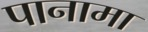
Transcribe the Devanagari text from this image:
पानामा